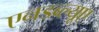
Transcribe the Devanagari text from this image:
एनडब्ल्यूए